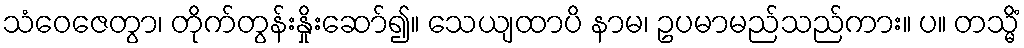
သံဝေဇေတွာ၊ တိုက်တွန်းနှိုးဆော်၍။ သေယျထာပိ နာမ၊ ဥပမာမည်သည်ကား။ ပ။ တသ္မိံ